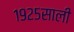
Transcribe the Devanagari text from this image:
१९२५साली